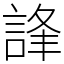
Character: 𧧽